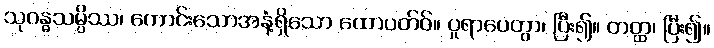
သုဂန္ဓသမ္ပိဿ၊ ကောင်းသောအနံ့ရှိသော ထောပတ်ဝ်။ ပူရာပေတွာ၊ ပြီး၍။ တတ္ထ၊ ပြီး၍။